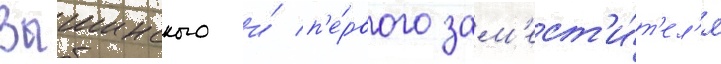
Вышинского и́ п'е́рвого зам'ест'и́т'ел'я